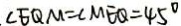
\angle E Q M = \angle M E Q = 4 5 ^ { \circ }